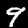
Digit: 9